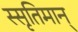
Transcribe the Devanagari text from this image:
स्सृतिमान्